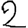
Digit: 2